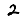
Digit: 2